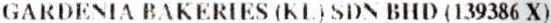
GARDENIA BAKERIES (KL) SDN BHD (139386 X)